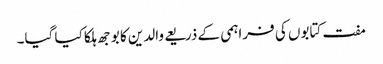
مفت کتابوں کی فراہمی کے ذریعے والدین کا بوجھ ہلکا کیا گیا۔